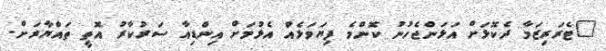
"ޓެރަރިޒަމާ ދެކޮޅަށް އަޅަންޖެހުނު ކޮންމެ ފިޔަވަޅެއް އެޅުމަށް އިންޑިއާ ސަރުކާރު އޮތީ ތައްޔާރަށް.